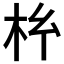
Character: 𭩡